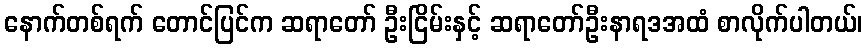
နောက်တစ်ရက် တောင်ပြင်က ဆရာတော် ဦးငြိမ်းနှင့် ဆရာတော်ဦးနာရဒအထံ စာလိုက်ပါတယ်၊